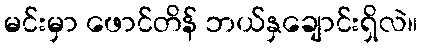
မင်းမှာ ဖောင်တိန် ဘယ်နှချောင်းရှိလဲ။